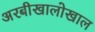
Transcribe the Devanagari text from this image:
अरबीखालोखाल